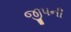
જીપની